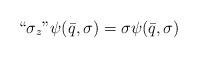
LaTeX: \begin{align*}``\sigma_z"\psi(\bar{q},\sigma)=\sigma\psi(\bar{q},\sigma)\end{align*}